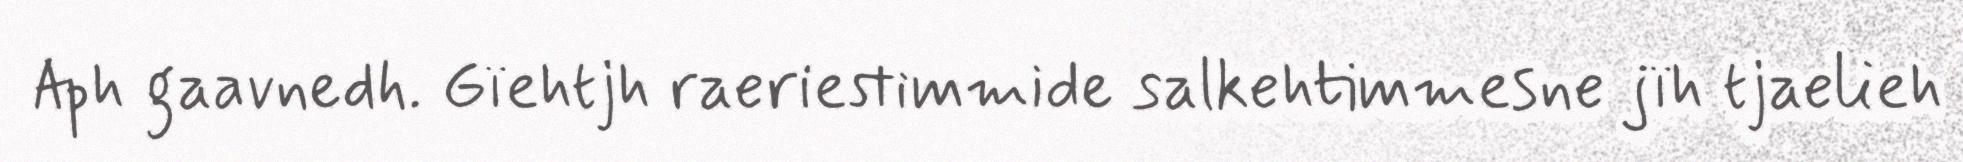
Aph gaavnedh. Gïehtjh raeriestimmide salkehtimmesne jïh tjaelieh